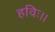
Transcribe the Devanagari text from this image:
हविः।।